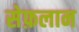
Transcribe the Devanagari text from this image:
सेफ़लान